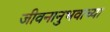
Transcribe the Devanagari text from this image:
जीवनानुभवाच्या